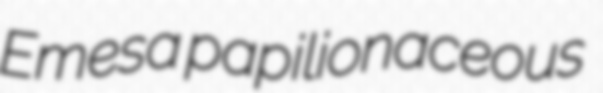
Emesa papilionaceous